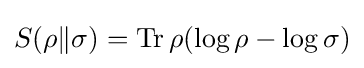
S(\rho \|\sigma )=\operatorname {Tr} \rho (\log \rho -\log \sigma )